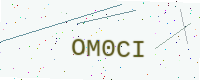
Text: OM0CI